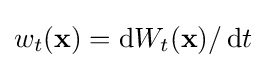
w_{t}({\bf {x}})=\operatorname {d} \!W_{t}({\bf {x}})/\operatorname {d} \!t